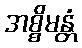
အစ္စိမန္တံ